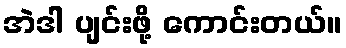
အဲဒါ ပျင်းဖို့ ကောင်းတယ်။